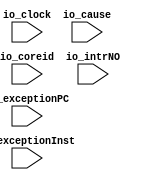

module DifftestArchEvent(
  input         io_clock,
input  [ 7:0] io_coreid,
input  [31:0] io_intrNO,
input  [31:0] io_cause,
input  [63:0] io_exceptionPC,
input  [31:0] io_exceptionInst
);
`ifndef SYNTHESIS
`ifdef DIFFTEST

import "DPI-C" function void v_difftest_ArchEvent (
input     byte io_coreid,
input      int io_intrNO,
input      int io_cause,
input  longint io_exceptionPC,
input      int io_exceptionInst
);

  always @(posedge io_clock) begin
    v_difftest_ArchEvent (io_coreid,io_intrNO,io_cause,io_exceptionPC,io_exceptionInst);
  end
`endif
`endif
endmodule